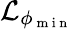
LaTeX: \mathcal{L}_{\phi_{\mathrm{~m~i~n~}}}